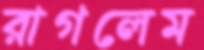
রাগলেম